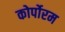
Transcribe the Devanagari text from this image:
कोर्पोरम